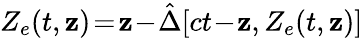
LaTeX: Z_{e}(t,\mathbf{z})\! =\! \mathbf{z}\! -\! \hat{{\Delta}}[ct\! -\! \mathbf{z},Z_{e}(t,\mathbf{z})]